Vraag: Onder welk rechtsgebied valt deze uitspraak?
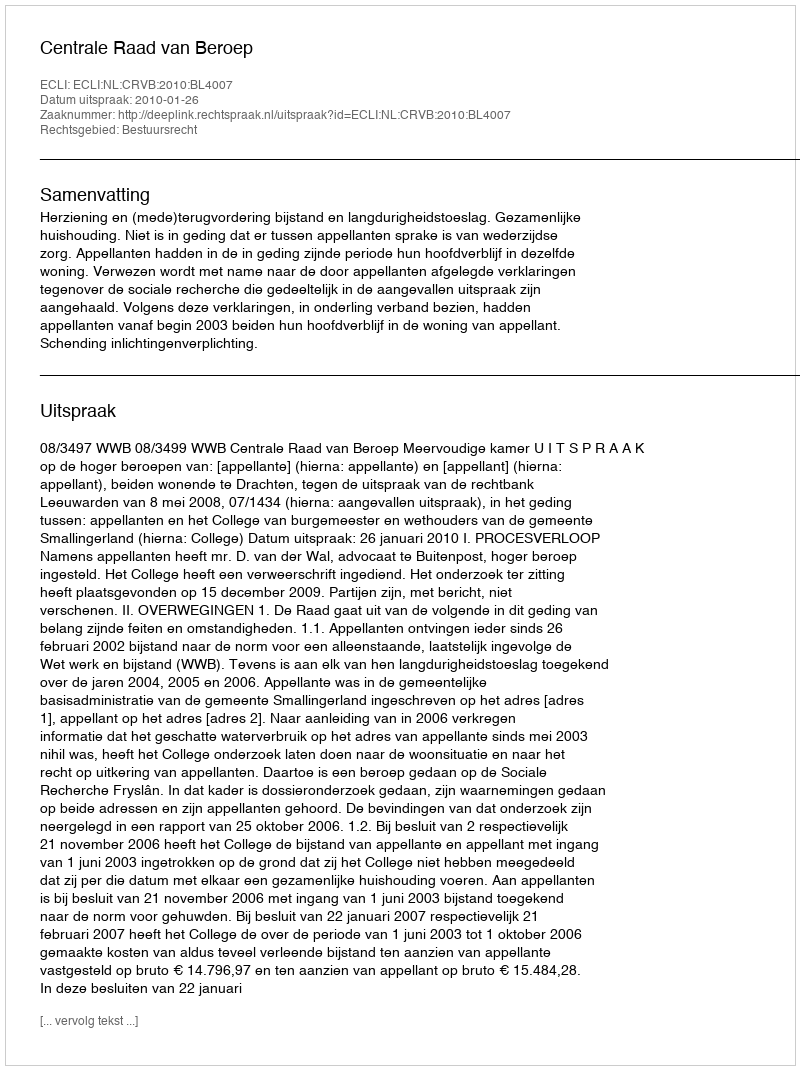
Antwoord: Bestuursrecht